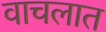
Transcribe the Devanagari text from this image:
वाचलात